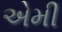
એમી